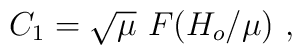
C_1=\sqrt{\mu}\,\,F\!\left({H_o/\mu}\right)\,,